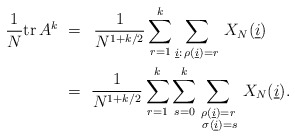
\begin{align*}\frac{1}{N}\mathrm{tr\,}A^{k}~& =~\,\frac{1}{N^{1+k/2}}\sum_{r=1}^{k}\sum_{\underline{i}:\,\rho (\underline{i})=r}\,X_{N}(\underline{i}) \\& =~ \frac{1}{N^{1+k/2}}\sum_{r=1}^{k} \sum_{s=0}^k \sum_{\substack{ \rho(\underline{i})= r \\ \; \sigma(\underline{i}) = s }}\,X_{N}(\underline{i}) .\end{align*}